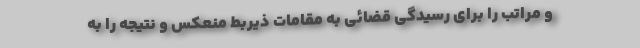
و مراتب را برای رسیدگی قضائی به مقامات ذیربط منعکس و نتیجه را به